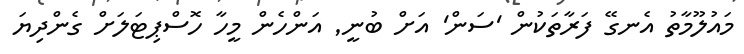
މައުލޫމާތު އެނގޭ ފަރާތަކުން 'ސަން' އަށް ބުނީ